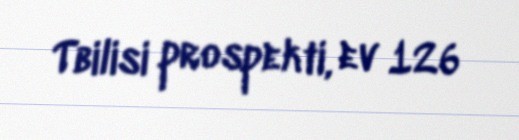
Tbilisi prospekti, ev 126